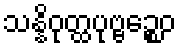
သန္နိဝုတ္ထပုဗ္ဗဉ္စေဝ